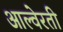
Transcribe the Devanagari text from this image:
आल्वेरती